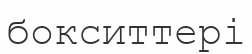
бокситтері